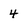
Character: 4